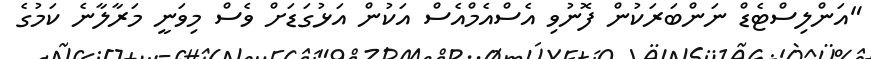
"އަންލިސްޓެޑް ނަންބަރަކުން ފޮނުވި އެސްއެމްއެސް އަކުން އަޅުގަޑަށް ވެސް މިވަނީ މަރާލާނެ ކަމުގެ